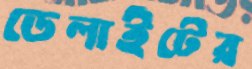
ডেলাইটের